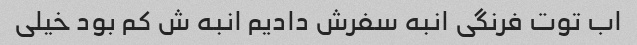
اب توت فرنگی انبه سفرش دادیم انبه ش کم بود خیلی